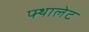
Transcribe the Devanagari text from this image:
फ्थालेट